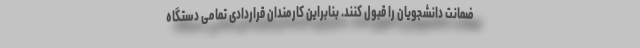
ضمانت دانشجویان را قبول کنند. بنابراین کارمندان قراردادی تمامی دستگاه